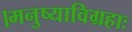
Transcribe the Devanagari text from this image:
।मनुष्याविग्रहाः